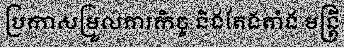
ប្រកាសម្រួលភារកិច្ច និងតែងតាំង មន្ត្រី